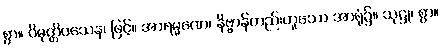
စွာ။ ဝိမုတ္တိဝသေန၊ ဖြင့်။ အာရမ္မဏေ၊ နိဗ္ဗာန်တည်းဟူသော အာရုံ၌။ သုဋ္ဌု၊ စွာ။